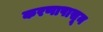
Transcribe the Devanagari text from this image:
करणापासून